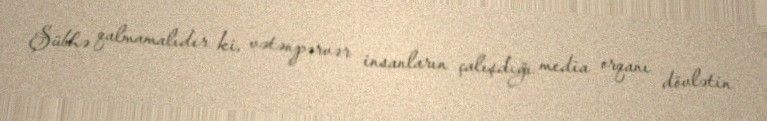
Şübhə qalmamalıdır ki, vətənpərvər insanların çalışdığı media orqanı dövlətin